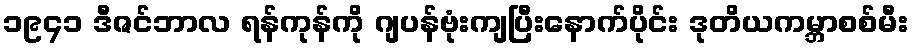
၁၉၄၁ ဒီဇင်ဘာလ ရန်ကုန်ကို ဂျပန်ဗုံးကျပြီးနောက်ပိုင်း ဒုတိယကမ္ဘာစစ်မီး